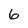
Character: 6